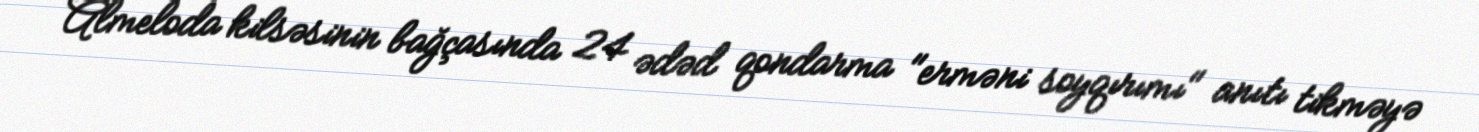
Almeloda kilsəsinin bağçasında 24 ədəd qondarma "erməni soyqırımı" anıtı tikməyə